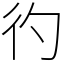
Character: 彴